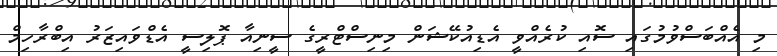
މި އެއްބަސްވުމުގައި ސޮއި ކުރެއްވީ އެޑިއުކޭޝަން މިނިސްޓްރީގެ ސީނިއާ ޕޮލިސީ އެޑްވައިޒަރު އިބްރާހިމް